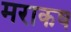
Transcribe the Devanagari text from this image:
मराकष